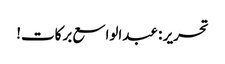
تحریر : عبدالواسع برکات!